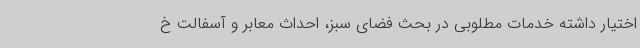
اختیار داشته خدمات مطلوبی در بحث فضای سبز، احداث معابر و آسفالت خ